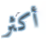
أكثر